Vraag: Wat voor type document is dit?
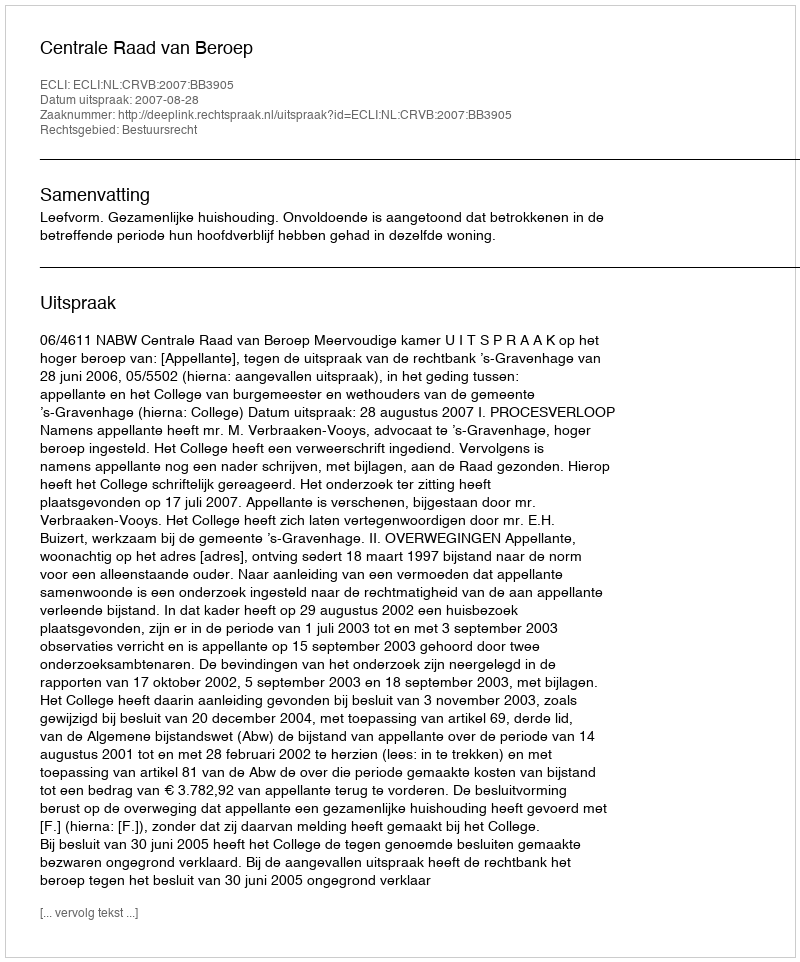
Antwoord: Uitspraak